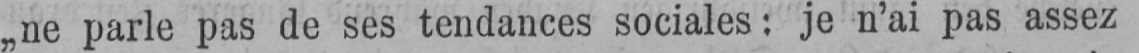
„ne parle pas de ses tendances sociales: je n’ai pas assez